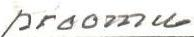
proomu